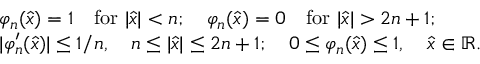
\begin{array} { r l } & { \varphi _ { n } ( \widehat { x } ) = 1 \quad \mathrm { f o r ~ } | \widehat { x } | < n ; \quad \varphi _ { n } ( \widehat { x } ) = 0 \quad \mathrm { f o r ~ } | \widehat { x } | > 2 n + 1 ; } \\ & { | \varphi _ { n } ^ { \prime } ( \widehat { x } ) | \leq 1 / n , \quad n \leq | \widehat { x } | \leq 2 n + 1 ; \quad 0 \leq \varphi _ { n } ( \widehat { x } ) \leq 1 , \quad \widehat { x } \in { \mathbb R } . } \end{array}